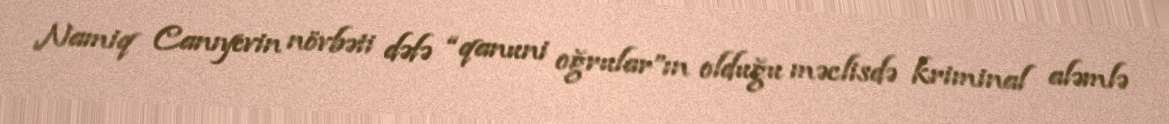
Namiq Canıyevin növbəti dəfə “qanuni oğrular”ın olduğu məclisdə kriminal aləmlə